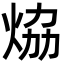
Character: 㶸